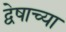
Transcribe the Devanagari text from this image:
द्वेषाच्या